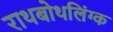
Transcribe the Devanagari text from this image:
राथबोथलिंग्क